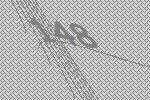
148